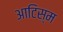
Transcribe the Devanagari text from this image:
आटिस्म